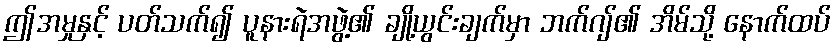
ဤအမှုနှင့် ပတ်သက်၍ ပူနားရဲအဖွဲ့၏ ချို့ယွင်းချက်မှာ ဘက်ဂျ်၏ အိမ်သို့ နောက်ထပ်